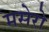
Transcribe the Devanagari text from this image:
मसेरो